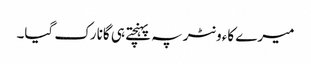
میرے کاءونٹر پہ پہنچتے ہی گانا رک گیا۔